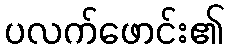
ပလက်ဖောင်း၏